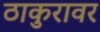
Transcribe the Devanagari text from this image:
ठाकुरावर